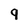
Character: 9